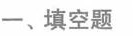
-、填空题